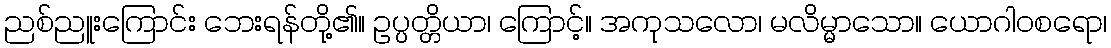
ညစ်ညူးကြောင်း ဘေးရန်တို့၏။ ဥပ္ပတ္တိယာ၊ ကြောင့်။ အကုသလော၊ မလိမ္မာသော။ ယောဂါဝစရော၊